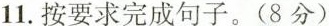
11.按要求完成句子。(8分)